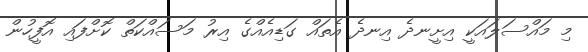
މި މައްސަލައަކީ އިށީނދެ އިނދެ އެތައް ގަޑިއެއްގެ އިރު މަސައްކަތް ކޮށްފައި އޮފީހުން